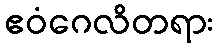
ဧဝံဂေလိတရား